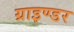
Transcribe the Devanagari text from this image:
ग्राइण्डर